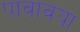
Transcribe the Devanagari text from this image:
पावावया